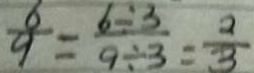
\frac { 6 } { 9 } = \frac { 6 \div 3 } { 9 \div 3 } = \frac { 2 } { 3 }